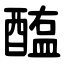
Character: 醢